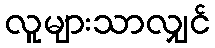
လူများသာလျှင်